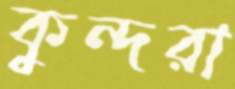
কুন্দরা